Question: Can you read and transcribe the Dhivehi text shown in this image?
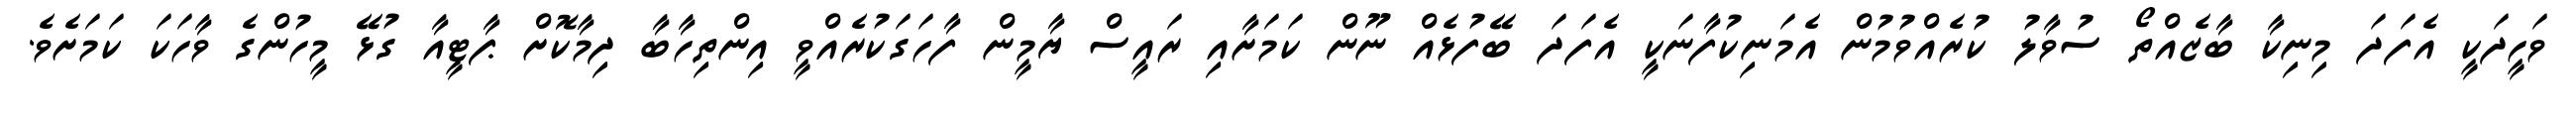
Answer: ވަހީދަކީ އެފަދަ މިނިކާ ބާޒެއްތޯ ސުވާލު ކުރެއްވުމުން އެމަނިކުފާނަކީ އެފަދަ ބޭފުޅެއް ނޫން ކަމަށާއި ރައީސް ޔާމީން ފާހަގަކުރެއްވީ އިންތިހާބާ ދިމާކޮށް ޕާޓީއާ ގުޅޭ މީހުންގެ ވާހަކަ ކަމަށެވެ.